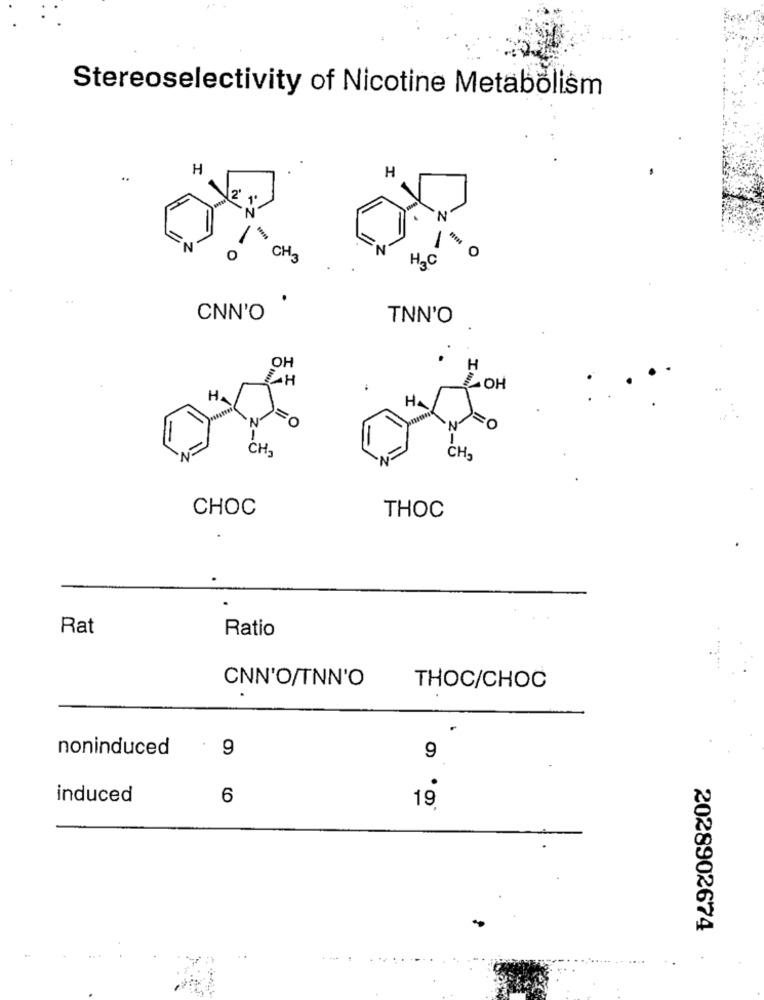
Stereoselectivity of Nicotine Metabolism
H
H
2'
N
-
N
N
0
CH3
H2C
CNN'O
TNN'O
OH
H
OH
H
HA
CH-
Z-U
CH
CHOC
THOC
Rat
Ratio
CNN'O/TNN'O
THOC/CHOC
noninduced
.
9
9
induced
6
19
2028902674